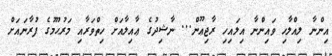
އިންނާ ލިއްލާހި ވައިންނާ އިލައިހި ރާޖިޢޫން... ނާޝިދުގެ ޢާއިލާއަށް ހިތްވަރާއި މަރުޙޫމުގެ ފުރާނައަށް